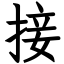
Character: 接